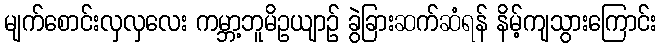
မျက်စောင်းလှလှလေး ကမ္ဘာ့ဘူမိဥယျာဉ် ခွဲခြားဆက်ဆံရန် နိမ့်ကျသွားကြောင်း